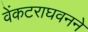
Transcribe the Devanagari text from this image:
वेंकटराघवनने